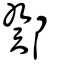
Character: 鄈